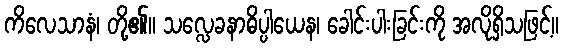
ကိလေသာနံ၊ တို့၏။ သလ္လေခနာဓိပ္ပါယေန၊ ခေါင်းပါးခြင်းကို အလိုရှိသဖြင့်။